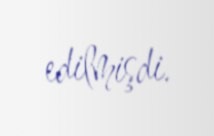
edilmişdi.